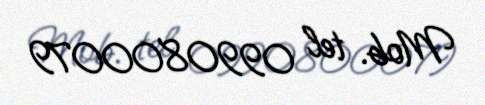
Mob. tel 0990800079